Indian journal of veterinary science and animal husbandry - Volumes 15-17, 1948-1951
Year: 1948
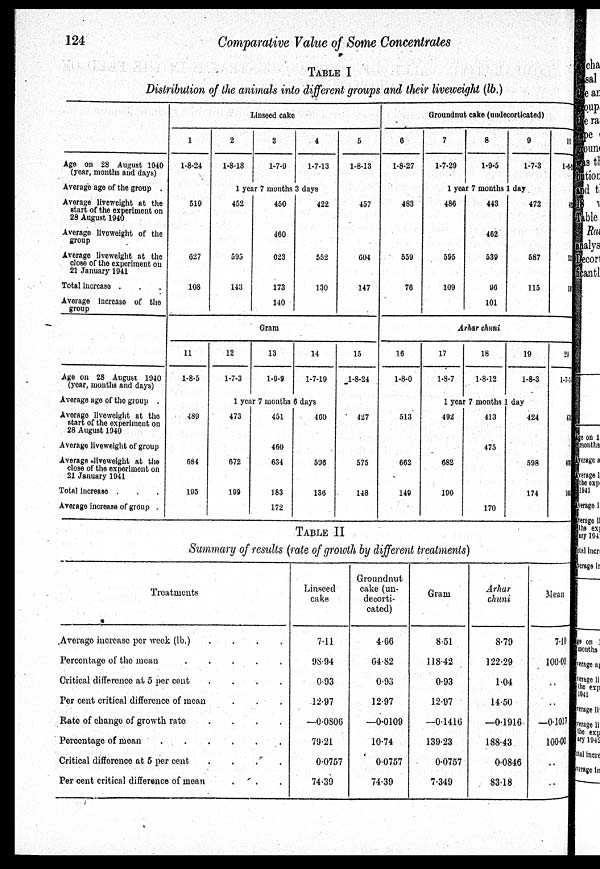
124
Comparative Value of Some Concentrates
TABLE I
Distribution of the animals into different groups and their liveweight (lb.)
Age on 28 August 1940
(year, months and days)
Average age of the group .
Average liveweight at the
start of the experiment on
28 August 1940
Average liveweight of the
group
Average liveweight at the
close of the experiment on
21 January 1941
Total increase . . .
Average increase of the
group
Age on 28 August 1940
(year, months and days)
Average age of the group .
Average liveweight at the
6tart of the experiment on
28 August 1940
Average liveweight of group
Average liveweight at the
close of the experiment on
21 January 1941
Total increase . . .
Average increase of group .
Linseed cake
1
1-8-24
2
1-8-18
3
1-7-9
4
1-7-13
5
1-8-13
1 year 7 months 3 days
519
627
108
452
595
143
450
460
623
173
140
422
552
130
457
604
147
Gram
11
1-8-5
12
1-7-3
13
1-9-9
14
1-7-19
15
1-8-24
1 year 7 months 5days
489
684
195
473
672
199
451
460
634
183
172
460
596
136
427
575
148
Groundnut cake (undecorticated)
6
1-8-27
7
1-7-29
8
1-9-5
9
1-7-3
10
1-6-2
1 year 7 months 1 day
483
559
76
486
595
109
443
462
539
96
101
472
587
115
425
535
119
Arhar chuni
16
1-8-0
17
1-8-7
18
1-8-12
19
1-8-3
20
1-7-1
1 year 7 months day
513
662
149
492
682
190
413
475
170
424
598
174
471
635
164
TABLE II
Summary of results (rate of growth by different treatments)
Treatments
Average increase per week (lb.)
.
.
.
.
Percentage of the mean . . . . .
Critical difference at 5 per cent
.
.
.
.
Per cent critical difference of mean . . .
Rate of change of growth rate
.
.
.
.
Percentage of mean
.
.
.
.
.
.
Critical difference at 5 per cent
.
.
.
.
Per cent critical difference of mean . . .
Linseed
cake
7.11
98.94
0.93
12.97
—0.0806
79.21
0.0757
74.39
Groundnut
cake (un-
decorti-
cated)
4.66
64.82
0.93
12.97
—0.0109
10.74
0.0757
74.39
Gram
8.51
118.42
0.93
12.97
—0.1416
139.23
0.0757
7.349
Arhar
chuni
8.79
122.29
1.04
14.50
—0.1916
188.43
0.0846
83.18
Mean
7.19
100.00
—0.1017
100.00
. .
. .